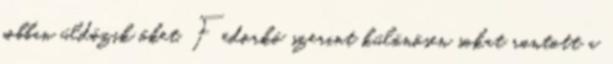
jobban üldözik őket. Fedorkó szerint különösen sokat rontott a